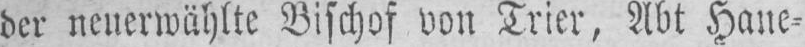
der neuerwählte Bischof von Trier, Abt Hane⸗